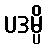
ပဒမ္ပိ